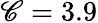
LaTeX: \mathscr{C}=3.9